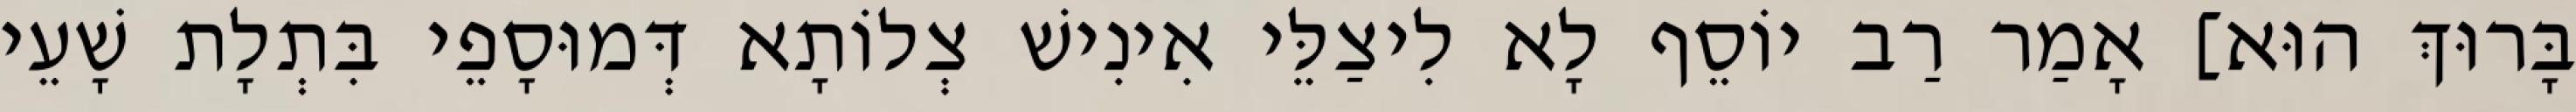
בָּרוּךְ הוּא] אָמַר רַב יוֹסֵף לָא לִיצַלֵּי אִינִישׁ צְלוֹתָא דְּמוּסָפֵי בִּתְלָת שָׁעֵי